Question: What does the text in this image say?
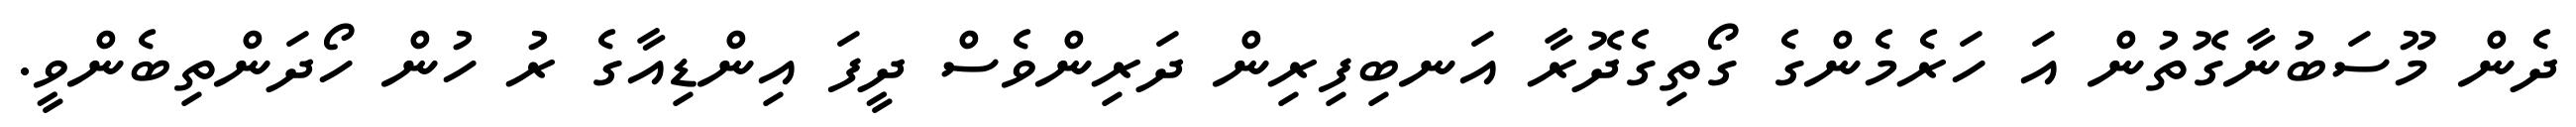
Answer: ދެން މޫސަބުނާގޮތުން އަ ހަރެމެންގެ ގޯތިގެދޮރާ އަނބިފިރިން ދަރިންވެސް ދީފަ އިންޑިއާގެ ރު ހުން ހޯދަންތިބެންވީ.